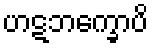
ဟဋဘက္ခောပိ